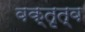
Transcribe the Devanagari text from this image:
वक्‍तृत्व